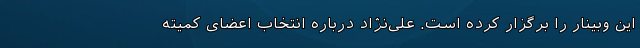
این وبینار را برگزار کرده است. علی‌نژاد درباره انتخاب اعضای کمیته